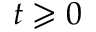
t \geqslant 0